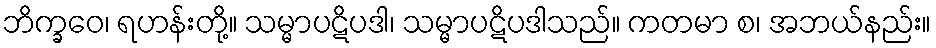
ဘိက္ခဝေ၊ ရဟန်းတို့။ သမ္မာပဋိပဒါ၊ သမ္မာပဋိပဒါသည်။ ကတမာ စ၊ အဘယ်နည်း။